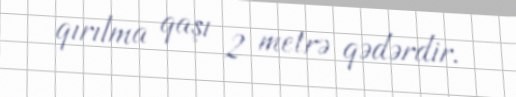
qırılma qaşı 2 metrə qədərdir.